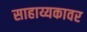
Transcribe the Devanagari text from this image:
साहाय्यकावर